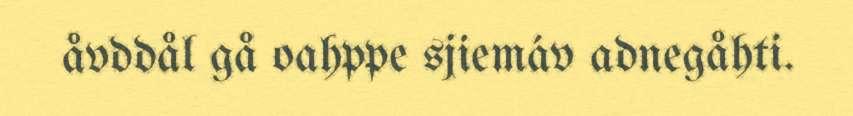
åvddål gå oahppe sjiemáv adnegåhti.